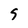
Character: 9